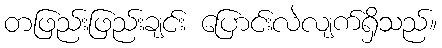
တဖြည်းဖြည်းချင်း ပြောင်းလဲလျက်ရှိသည်။